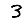
Digit: 3